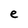
Character: e